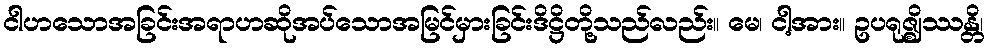
ငါဟသောအခြင်းအရာဟဆိုအပ်သောအမြင်မှားခြင်းဒိဋ္ဌိတို့သည်လည်း။ မေ၊ ငါ့အား။ ဥပရုဇ္ဈိဿန္တိ၊